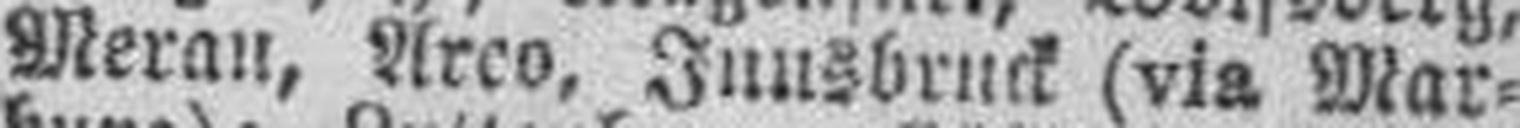
Meran, Arco, Innsbruck (via Mar¬